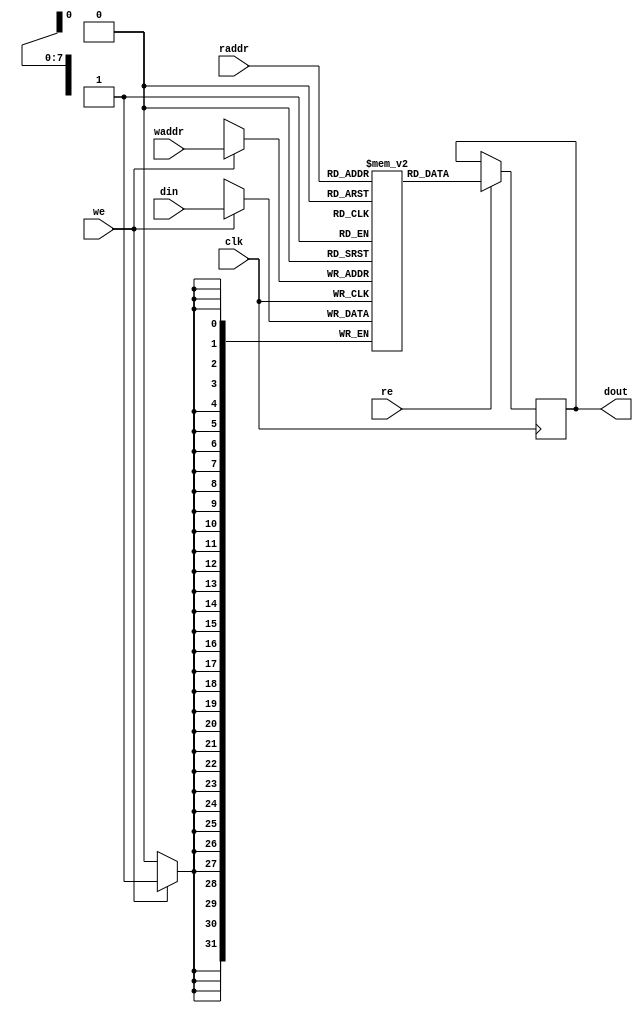
// Copyright (c) 2013-2015, Intel Corporation
//
// Redistribution and use in source and binary forms, with or without
// modification, are permitted provided that the following conditions are met:
//
// * Redistributions of source code must retain the above copyright notice,
// this list of conditions and the following disclaimer.
// * Redistributions in binary form must reproduce the above copyright notice,
// this list of conditions and the following disclaimer in the documentation
// and/or other materials provided with the distribution.
// * Neither the name of Intel Corporation nor the names of its contributors
// may be used to endorse or promote products derived from this software
// without specific prior written permission.
//
// THIS SOFTWARE IS PROVIDED BY THE COPYRIGHT HOLDERS AND CONTRIBUTORS "AS IS"
// AND ANY EXPRESS OR IMPLIED WARRANTIES, INCLUDING, BUT NOT LIMITED TO, THE
// IMPLIED WARRANTIES OF MERCHANTABILITY AND FITNESS FOR A PARTICULAR PURPOSE
// ARE DISCLAIMED. IN NO EVENT SHALL THE COPYRIGHT OWNER OR CONTRIBUTORS BE
// LIABLE FOR ANY DIRECT, INDIRECT, INCIDENTAL, SPECIAL, EXEMPLARY, OR
// CONSEQUENTIAL DAMAGES (INCLUDING, BUT NOT LIMITED TO, PROCUREMENT OF
// SUBSTITUTE GOODS OR SERVICES; LOSS OF USE, DATA, OR PROFITS; OR BUSINESS
// INTERRUPTION) HOWEVER CAUSED AND ON ANY THEORY OF LIABILITY, WHETHER IN
// CONTRACT, STRICT LIABILITY, OR TORT (INCLUDING NEGLIGENCE OR OTHERWISE)
// ARISING IN ANY WAY OUT OF THE USE OF THIS SOFTWARE, EVEN IF ADVISED OF THE
// POSSIBILITY OF SUCH DAMAGE.


module spl_sdp_mem #(
    parameter DATA_WIDTH = 32,
    parameter ADDR_WIDTH = 8
) (
    input  wire                     clk,
    input  wire                     we,
	input  wire                     re,  
    input  wire [ADDR_WIDTH-1:0]    raddr,
    input  wire [ADDR_WIDTH-1:0]    waddr,  
    input  wire [DATA_WIDTH-1:0]    din,
    output reg  [DATA_WIDTH-1:0]    dout
);


`ifdef VENDOR_XILINX
    (* ram_extract = "yes", ram_style = "block" *)
    reg  [DATA_WIDTH-1:0]         mem[0:2**ADDR_WIDTH-1];
`else
(* ramstyle = "no_rw_check" *) reg  [DATA_WIDTH-1:0] mem[0:2**ADDR_WIDTH-1];
`endif


    always @(posedge clk) begin
        if (we)
            mem[waddr] <= din;
			
        if (re)
			dout <= mem[raddr];
    end
			
endmodule